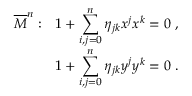
\begin{array} { r } { { \overline { { { M } } } ^ { n } : ~ ~ 1 + \displaystyle \sum _ { i , j = 0 } ^ { n } \eta _ { j k } x ^ { j } x ^ { k } = 0 ~ , } } \\ { { 1 + \displaystyle \sum _ { i , j = 0 } ^ { n } \eta _ { j k } y ^ { j } y ^ { k } = 0 ~ . } } \end{array}